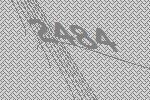
2484